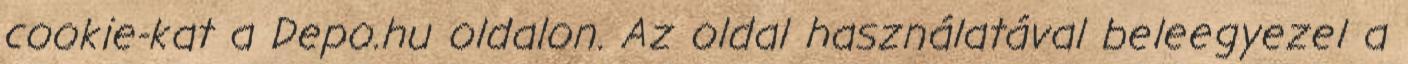
cookie-kat a Depo.hu oldalon. Az oldal használatával beleegyezel a